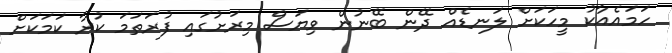
ހަމައެއާކު މީހަކަށް ލަނޑެއް ދޭން ބޭނުން ވިޔަސް މިރަށުގައި ފުރަތަމަ ކުރާ ކަމަކަށް